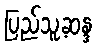
ပြည်သူ့ဆန္ဒ